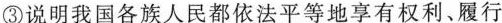
③说明我国各族人民都依法平等地享有权利、履行